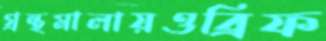
গ্রন্থমালায়ওব্রিফ